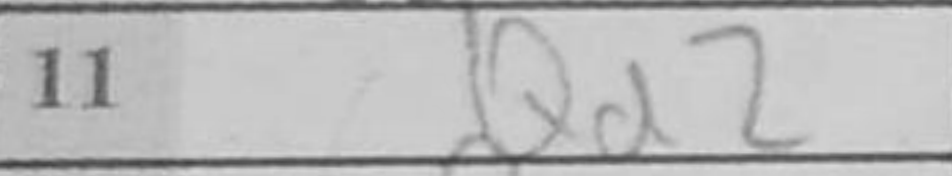
Transcription: Qd2